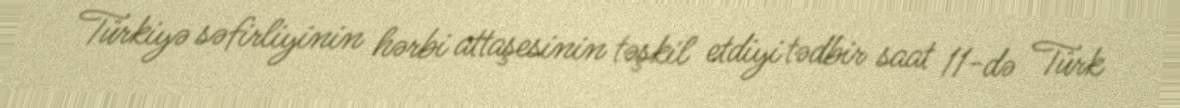
Türkiyə səfirliyinin hərbi attaşesinin təşkil etdiyi tədbir saat 11-də Türk